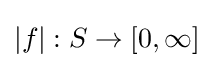
|f|:S\to [0,\infty ]